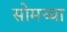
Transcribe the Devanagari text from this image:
सोमच्या